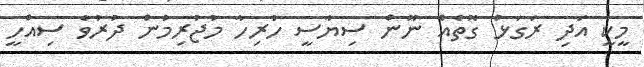
މީކީ އަދި ރަގަޅު ގޮތެއް ނޫން ސިޔާސީ ހުރިހާ މުޖުރިމުން ދުރުވެ ސިއްހީ